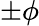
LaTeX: \pm\phi